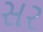
સર